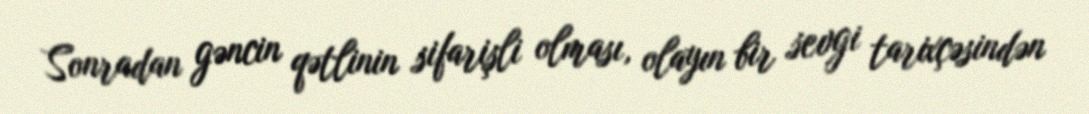
Sonradan gəncin qətlinin sifarişli olması, olayın bir sevgi tarixçəsindən